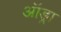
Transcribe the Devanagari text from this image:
ऑड्रा